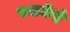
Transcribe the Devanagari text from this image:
फडकेहे